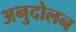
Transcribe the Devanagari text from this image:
अनुदोलन